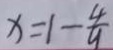
x = 1 - \frac { 4 } { 9 }